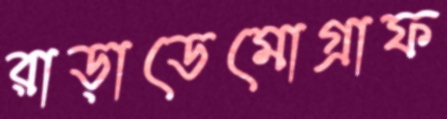
রাড়াডেমোগ্রাফ